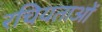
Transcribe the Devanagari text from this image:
रचियताओं